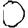
Digit: 0